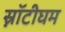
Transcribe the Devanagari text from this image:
स्नॉटीघम